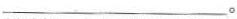
___。